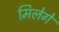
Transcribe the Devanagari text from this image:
मिलेगे